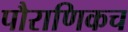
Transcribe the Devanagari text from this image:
पौराणिकच